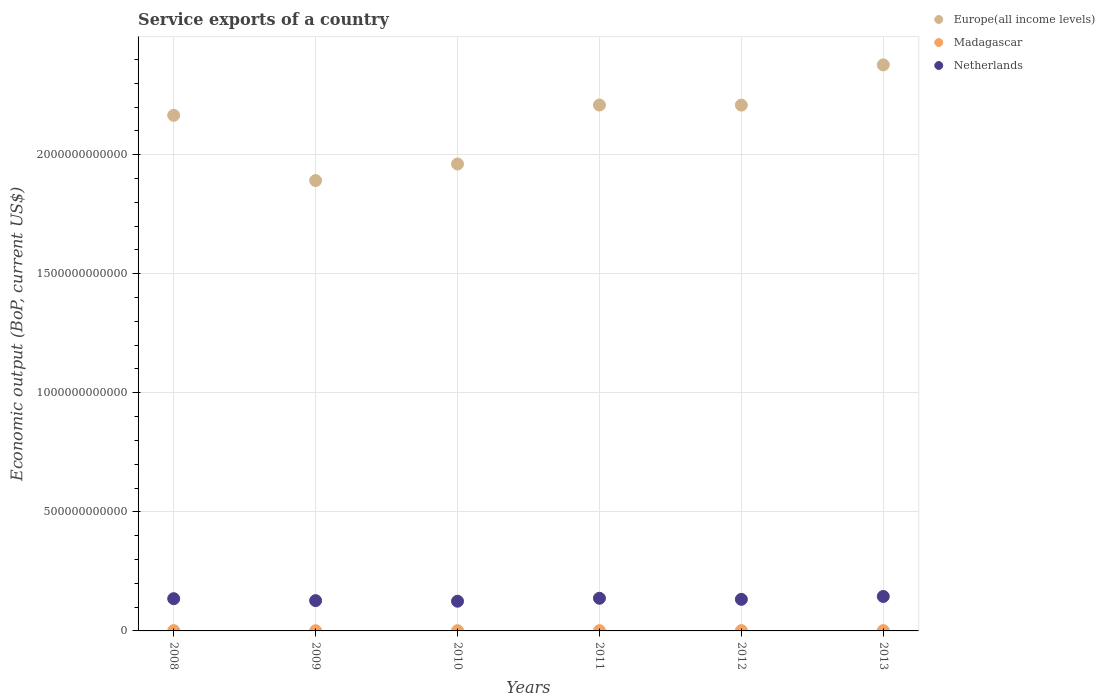
| Years | Europe(all income levels) | Madagascar | Netherlands |
 | --- | --- | --- | --- |
 | 2008 | 2.17e+12 | 1.3e+09 | 1.35e+11 |
 | 2009 | 1.89e+12 | 8.6e+08 | 1.27e+11 |
 | 2010 | 1.96e+12 | 1.01e+09 | 1.25e+11 |
 | 2011 | 2.21e+12 | 1.17e+09 | 1.37e+11 |
 | 2012 | 2.21e+12 | 1.31e+09 | 1.33e+11 |
 | 2013 | 2.38e+12 | 1.26e+09 | 1.45e+11 |